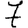
Digit: 7